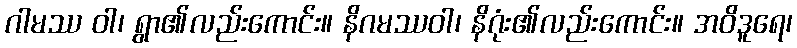
ဂါမဿ ဝါ၊ ရွာ၏လည်းကောင်း။ နိဂမဿဝါ၊ နိဂုံး၏လည်းကောင်း။ အဝိဒူရေ၊